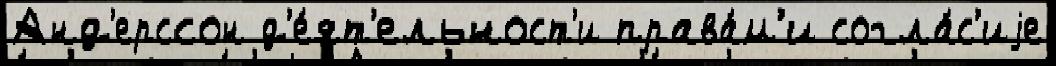
Анд'ерссон д'е́ят'ельност'и права́м'и согла́с'иjе